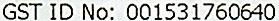
GST ID NO: 001531760640